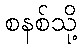
စနစ်သို့